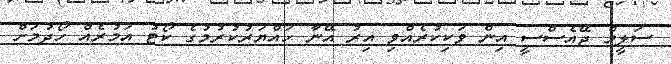
ސަލީމް ޖޭއެސްސީ އިން ވަކިކުރެއްވި އިރު އޭނާ ހައްޔަރުކުރުމުގެ ކޯޓު އަމުރެއް ހޯދުމަށް